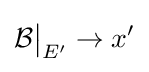
{\mathcal {B}}{\big \vert }_{E^{\prime }}\to x^{\prime }